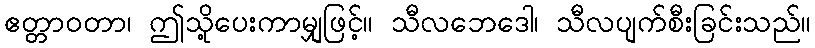
ဧတ္တာဝတာ၊ ဤသို့ပေးကာမျှဖြင့်။ သီလဘေဒေါ၊ သီလပျက်စီးခြင်းသည်။